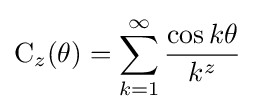
\operatorname {C} _{z}(\theta )=\sum _{k=1}^{\infty }{\frac {\cos k\theta }{k^{z}}}